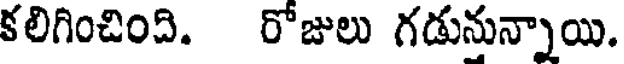
కలిగించింది. రోజులు గడునున్నాయి.